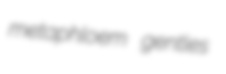
metaphloem gentles